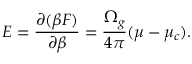
E = { \frac { \partial ( \beta F ) } { \partial \beta } } = { \frac { \Omega _ { g } } { 4 \pi } } ( \mu - \mu _ { c } ) .